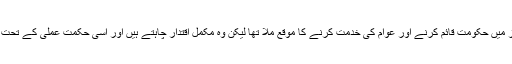
بی جے پی کو مرکز میں حکومت قائم کرنے اور عوام کی خدمت کرنے کا موقع ملا تھا لیکن وہ مکمل اقتدار چاہتے ہیں اور اسی حکمت عملی کے تحت کام کیا جا رہا ہے ۔